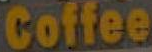
Coffee